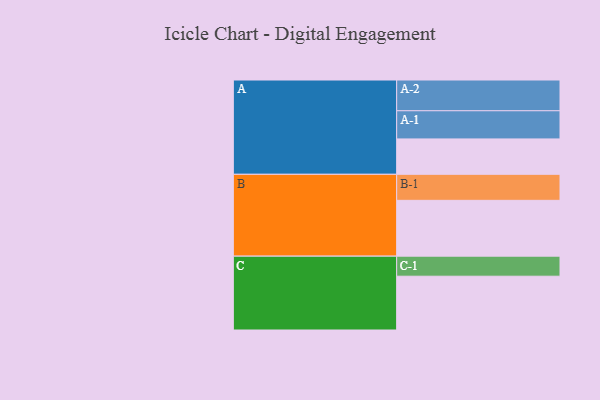
{"axis": {"x": "Segment", "y": "Value"}, "legend": ["", "A", "B", "C"], "data": [{"x": "A", "y": 330, "type": ""}, {"x": "B", "y": 521, "type": ""}, {"x": "C", "y": 502, "type": ""}, {"x": "A-1", "y": 263, "type": "A"}, {"x": "A-2", "y": 287, "type": "A"}, {"x": "B-1", "y": 243, "type": "B"}, {"x": "C-1", "y": 187, "type": "C"}]}